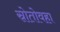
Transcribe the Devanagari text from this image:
स्रोतोवहा